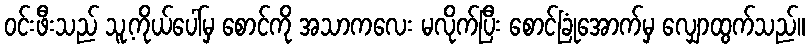
ဝင်းဖီးသည် သူ့ကိုယ်ပေါ်မှ စောင်ကို အသာကလေး မလိုက်ပြီး စောင်ခြုံအောက်မှ လျှောထွက်သည်။